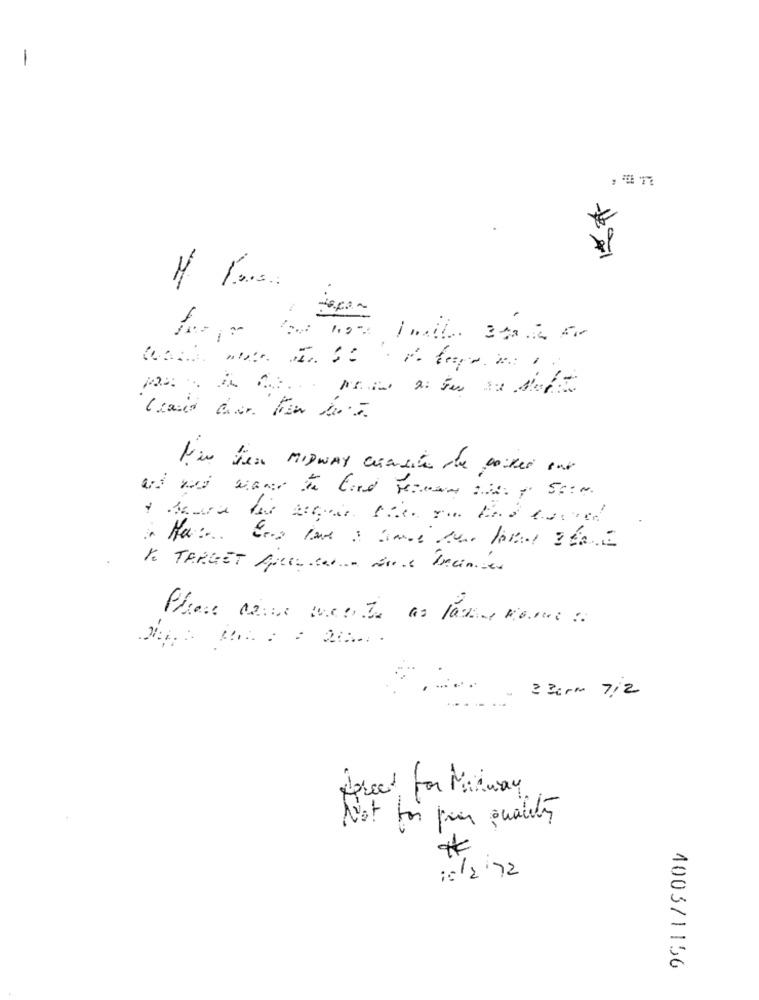
To TARGET Apren.we- sos Trainier
2 30rm 7/2
forced for Maiway
Not toi pour qualités
10/272
4003/1156